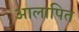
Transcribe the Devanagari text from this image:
आलापित